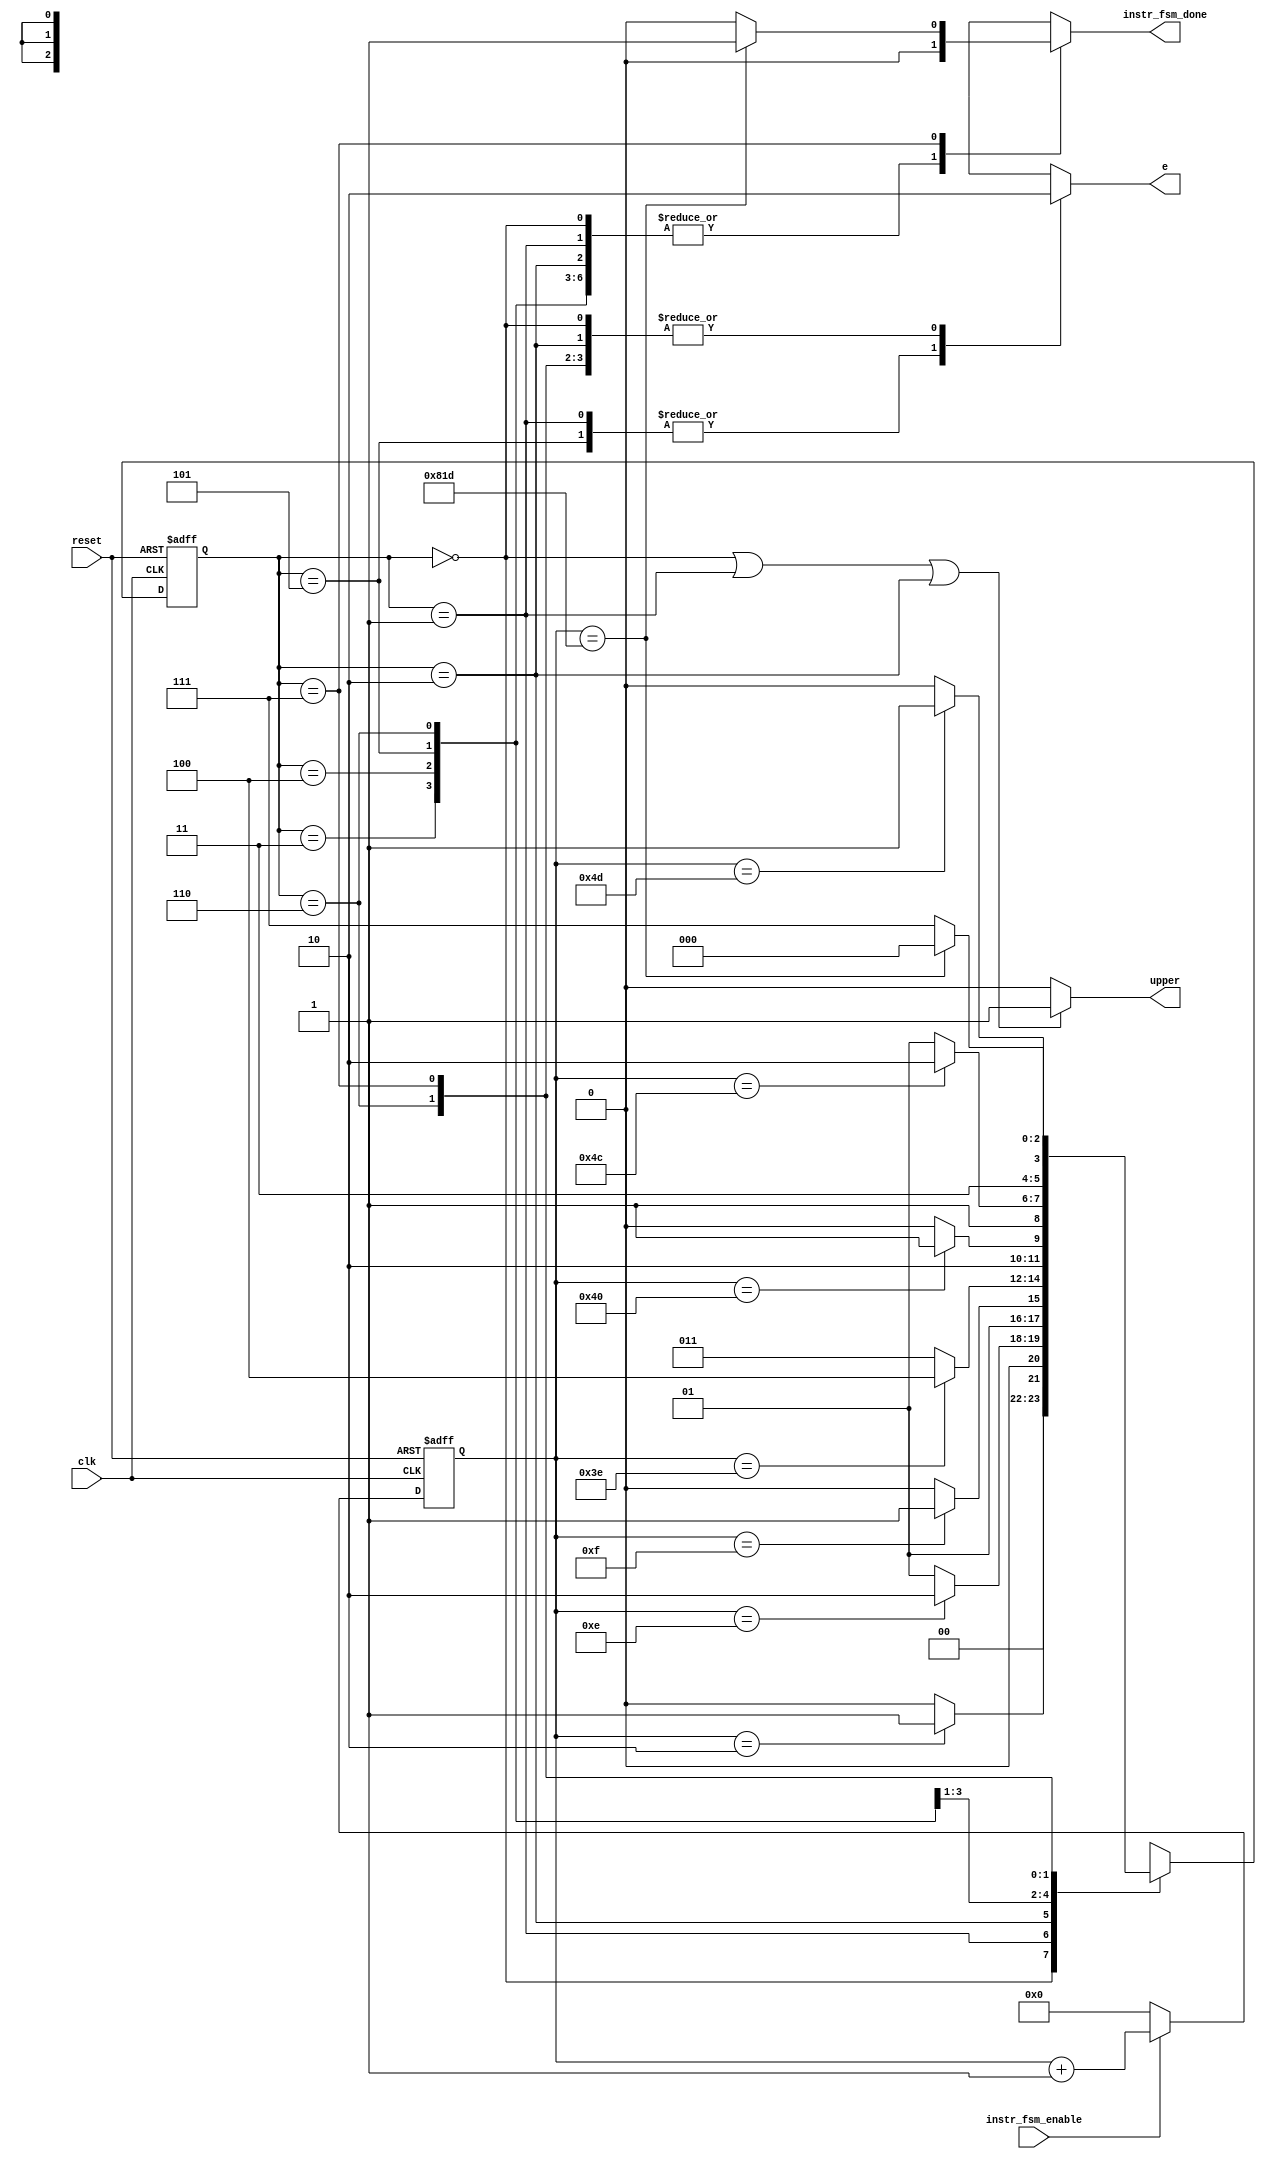
/* The instruction fsm
 *
 * I implemented it as Mealy FSM
 *
 * TSEKARE AN PREPEI OI TIMES CHECKPOINT TOU COUNTER NA EINAI MEIWMENES KATA 1
 */

module instruction_fsm(clk, reset, instr_fsm_enable, e, instr_fsm_done, upper);
input clk, reset, instr_fsm_enable;
output reg  e, instr_fsm_done;
output upper;
// output [3:0] sf_d;

reg [2:0] current_state;
reg [2:0] next_state;
reg [11:0] counter;

parameter state_setup_upper = 3'b000,
          state_data_upper  = 3'b001,
          state_hold_upper  = 3'b010,
          state_wait_interm = 3'b011,
          state_setup_lower = 3'b100,
          state_data_lower  = 3'b101,
          state_hold_lower  = 3'b110,
          state_done        = 3'b111;


// edw tha ginei ena assign me poluplekth gia upper h lower nibble
assign upper = (current_state == state_setup_upper ||
                current_state == state_data_upper  ||
                current_state == state_hold_upper ) ? 1 : 0;

always @ (posedge clk or posedge reset)
begin
	if(reset)
	begin
		current_state <= state_setup_upper;
		counter <= 'b0;
	end
	else
	begin
		current_state <= next_state;
		if(instr_fsm_enable)
			counter <= counter + 1;
		else
			counter <= 'b0;
	end
end


always @ (current_state or counter)
begin
	case(current_state)

		state_setup_upper:
		begin
			e = 1'b0;
			instr_fsm_done = 1'b0;
			if(counter == 'b10)                         // decimal:  2
				next_state = state_data_upper;
			else
				next_state = state_setup_upper;
		end

		state_data_upper:
		begin
			e = 1'b1;
			instr_fsm_done = 1'b0;
			if(counter == 'b1110)                      // decimal: 14
				next_state = state_hold_upper;
			else
				next_state = state_data_upper;
		end

		state_hold_upper:
		begin
			e = 1'b0;
			instr_fsm_done = 1'b0;
			if(counter == 'b1111)                     // decimal: 15
				next_state = state_wait_interm;
			else
				next_state = state_hold_upper;
		end

		state_wait_interm:
		begin
			e = 1'b0;
			instr_fsm_done = 1'b0;
			if(counter == 'd62)//'b0100_0001)               // decimal: 65 - 3
				next_state = state_setup_lower;
			else
				next_state = state_wait_interm;
		end

		state_setup_lower:
		begin
			e = 1'b0;
			instr_fsm_done = 1'b0;
			if(counter == 'd64)// 'b100_0011)               // decimal:  67 - 3
				next_state = state_data_lower;
			else
				next_state = state_setup_lower;
		end

		state_data_lower:
		begin
			e = 1'b1;
			instr_fsm_done = 1'b0;
			if(counter == 'd76)// 'b0100_1111)             // decimal: 79 - 3
				next_state = state_hold_lower;
			else
				next_state = state_data_lower;
		end

		state_hold_lower:
		begin
			e = 1'b0;
			instr_fsm_done = 1'b0;
			if(counter == 'd77)//'b0101_0000)            // decimal: 80 - 3
				next_state = state_done;
			else
				next_state = state_hold_lower;
		end

		state_done:
		begin
			e = 1'b0;
			if(counter == 'd2077)// 'b1000_0010_0000)      // decimal: 2080 - 3
			begin
				next_state = state_setup_upper;
				instr_fsm_done = 1'b1;
			end
			else
			begin
				next_state = state_done;
				instr_fsm_done = 1'b0;
			end
		end

		default:
		begin // it will never get in here
			next_state = 3'bXXX;
			e = 1'b0;
			instr_fsm_done = 1'b0;
		end
	endcase
end

endmodule